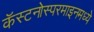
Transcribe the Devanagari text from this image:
कॅस्टनोस्परमाइनमध्ये